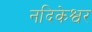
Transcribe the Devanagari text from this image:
नदिकेश्वर